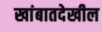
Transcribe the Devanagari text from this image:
खांबातदेखील